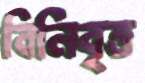
বিনিবৃত্ত